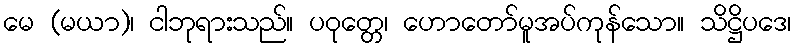
မေ (မယာ)၊ ငါဘုရားသည်။ ပဝုတ္တေ၊ ဟောတော်မူအပ်ကုန်သော။ သိဋ္ဌိပဒေ၊